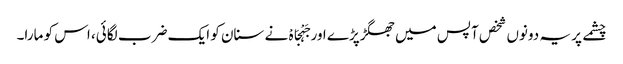
چشمے پر یہ دونوں شخص آپس میں جھگڑپڑے اور جَہْجَاہْ نے سنان کو ایک ضرب لگائی، اس کو مارا۔